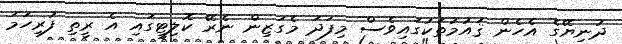
ދުނިޔޭގެ އެހެން ޤައުމުތަކުގައިވެސް މިފަދަ މެގަޒިން ނެރޭ ކޮލިޓީގައި އެ ރީތި ފުރިހަމަ